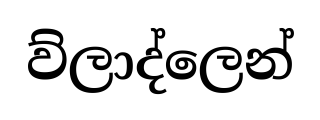
ව්ලාද්ලෙන්